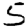
Digit: 5